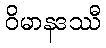
ဝိမာနဒဿီ